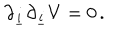
\partial _ { \underline { { { i } } } } \partial _ { \underline { { { i } } } } V = 0 \, .